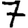
Digit: 7